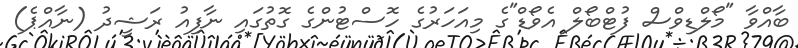
ބާއްވާ "މޯލްޑިވްސް ފުޓްބޯލް އެވޯޑް"ގެ މިއަހަރުގެ ހޮސްޓުންގެ ގޮތުގައި ނާފިއު ރަޝީދު (ނާއްޕެ)